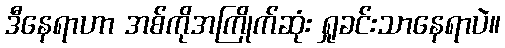
ဒီနေရာဟာ အစ်ကိုအကြိုက်ဆုံး ရှုခင်းသာနေရာပဲ။